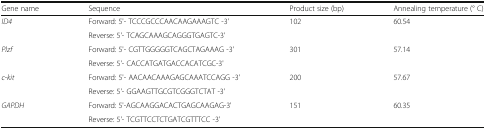
<table><thead><tr><td><b>Gene name</b></td><td><b>Sequence</b></td><td><b>Product size (bp)</b></td><td><b>Annealing temperature (° C)</b></td></tr></thead><tbody><tr><td rowspan="2"><i>ID4</i></td><td>Forward: 5&#x27;- TCCCGCCCAACAAGAAAGTC -3&#x27;</td><td rowspan="2">102</td><td rowspan="2">60.54</td></tr><tr><td>Reverse: 5&#x27;- TCAGCAAAGCAGGGTGAGTC-3&#x27;</td></tr><tr><td rowspan="2"><i>Plzf</i></td><td>Forward: 5&#x27;- CGTTGGGGGTCAGCTAGAAAG -3&#x27;</td><td rowspan="2">301</td><td rowspan="2">57.14</td></tr><tr><td>Reverse: 5&#x27;- CACCATGATGACCACATCGC-3&#x27;</td></tr><tr><td rowspan="2"><i>c</i>-<i>kit</i></td><td>Forward: 5&#x27;- AACAACAAAGAGCAAATCCAGG -3&#x27;</td><td rowspan="2">200</td><td rowspan="2">57.67</td></tr><tr><td>Reverse: 5&#x27;- GGAAGTTGCGTCGGGTCTAT -3&#x27;</td></tr><tr><td rowspan="2"><i>GAPDH</i></td><td>Forward: 5&#x27;-AGCAAGGACACTGAGCAAGAG-3&#x27;</td><td rowspan="2">151</td><td rowspan="2">60.35</td></tr><tr><td>Reverse: 5&#x27;- TCGTTCCTCTGATCGTTTCC -3&#x27;</td></tr></tbody></table>